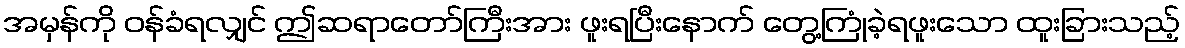
အမှန်ကို ဝန်ခံရလျှင် ဤဆရာတော်ကြီးအား ဖူးရပြီးနောက် တွေ့ကြုံခဲ့ရဖူးသော ထူးခြားသည့်